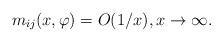
LaTeX: \begin{align*}m_{ij}(x,\varphi)=O(1/x),x\to\infty.\end{align*}